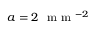
a = 2 ~ \textrm { m m } ^ { - 2 }